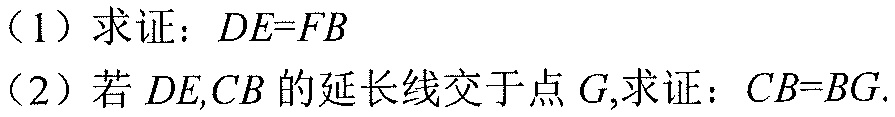
（1）求证：\(DE = FB\)
（2）若 \(DE,CB\)的延长线交于点 \(G\),求证：\(CB = BG\).